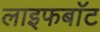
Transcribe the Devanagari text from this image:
लाइफबाॅट